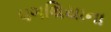
પગથિયાના